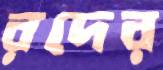
রদের